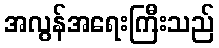
အလွန်အရေးကြီးသည်